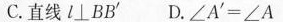
C.直线l\perp BB^{\prime} D.∠A^{\prime} =∠A